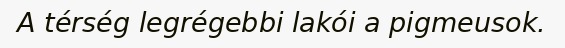
A térség legrégebbi lakói a pigmeusok.